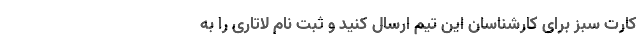
کارت سبز برای کارشناسان این تیم ارسال کنید و ثبت نام لاتاری را به